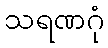
သရဏဂုံ